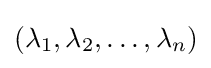
(\lambda _{1},\lambda _{2},\ldots ,\lambda _{n})